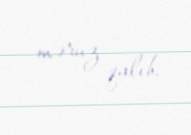
məruz qalıb.